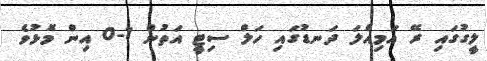
ލީގުގައި ރޭ އަމިއްލަ ދަނޑުގައި ހަލް ސިޓީ އަތުން 1-0 އިން މޮޅުވެ